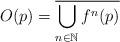
LaTeX: \begin{align*}O(p)=\overline{\bigcup_{n\in \mathbb N}f^n(p)}\end{align*}